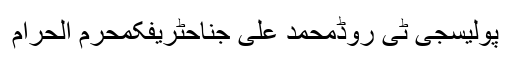
پولیسجی ٹی روڈمحمد علی جناحٹریفکمحرم الحرام